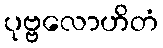
ပုဗ္ဗလောဟိတံ